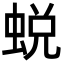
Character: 蜕